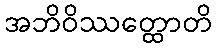
အဘိဝိဿတ္ထောတိ